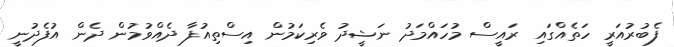
ފެބުރުއަރީ ހަތެއްގައި ރައީސް މުހައްމަދު ނަޝީދު ވެރިކަމުން އިސްތިއުފާ ދެއްވުމުން ދެން އުފެދުނީ